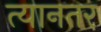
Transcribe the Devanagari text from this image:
त्यानतर